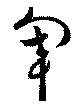
軍